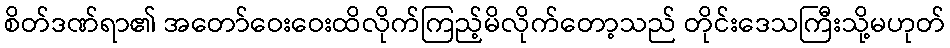
စိတ်ဒဏ်ရာ၏ အတော်ဝေးဝေးထိလိုက်ကြည့်မိလိုက်တော့သည် တိုင်းဒေသကြီးသို့မဟုတ်